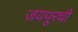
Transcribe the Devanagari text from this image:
जयपूरची